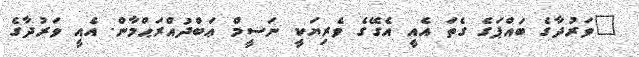
"ވަރުދާގެ ބައްޕަގެ ގެތަ އެއީ އެގޭގެ ވެރިޔަކީ ނަސީމް ޢަބްދުއްރަޙްމާން. އެއީ ވަރުދާގެ